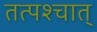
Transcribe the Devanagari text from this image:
तत्पश्‍चात्